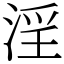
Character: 淫